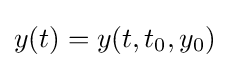
y(t)=y(t,t_{0},y_{0})